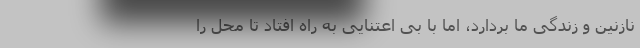
نازنین و زندگی ما بردارد، اما با بی اعتنایی به راه افتاد تا محل را